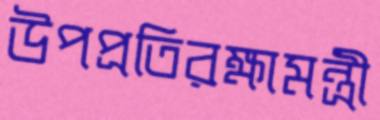
উপপ্রতিরক্ষামন্ত্রী